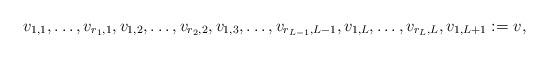
LaTeX: \begin{align*}v_{1,1},\dots,v_{r_1,1},v_{1,2},\dots,v_{r_2,2},v_{1,3},\dots,v_{r_{L-1},L-1},v_{1,L},\dots,v_{r_L,L},v_{1,L+1}:=v,\end{align*}